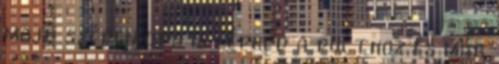
majd szépen oda is lépked a pulthoz és már